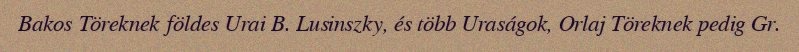
Bakos Töreknek földes Urai B. Lusinszky, és több Uraságok, Orlaj Töreknek pedig Gr.